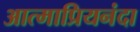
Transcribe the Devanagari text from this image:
आत्माप्रियनंदा